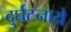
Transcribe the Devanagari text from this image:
दुर्घटनाये